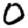
Digit: 0